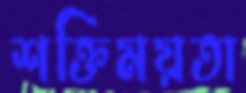
শক্তিময়তা